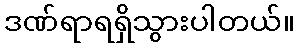
ဒဏ်ရာရရှိသွားပါတယ်။